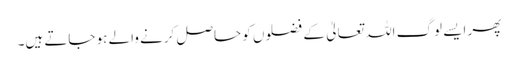
پھر ایسے لوگ اللہ تعالیٰ کے فضلوں کو حاصل کرنے والے ہو جاتے ہیں۔